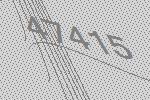
47415